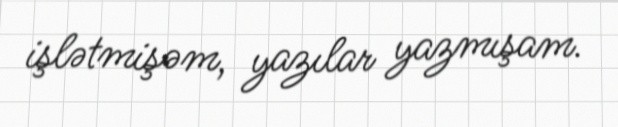
işlətmişəm, yazılar yazmışam.